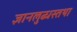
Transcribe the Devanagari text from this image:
ज्ञानलुब्धस्तथा